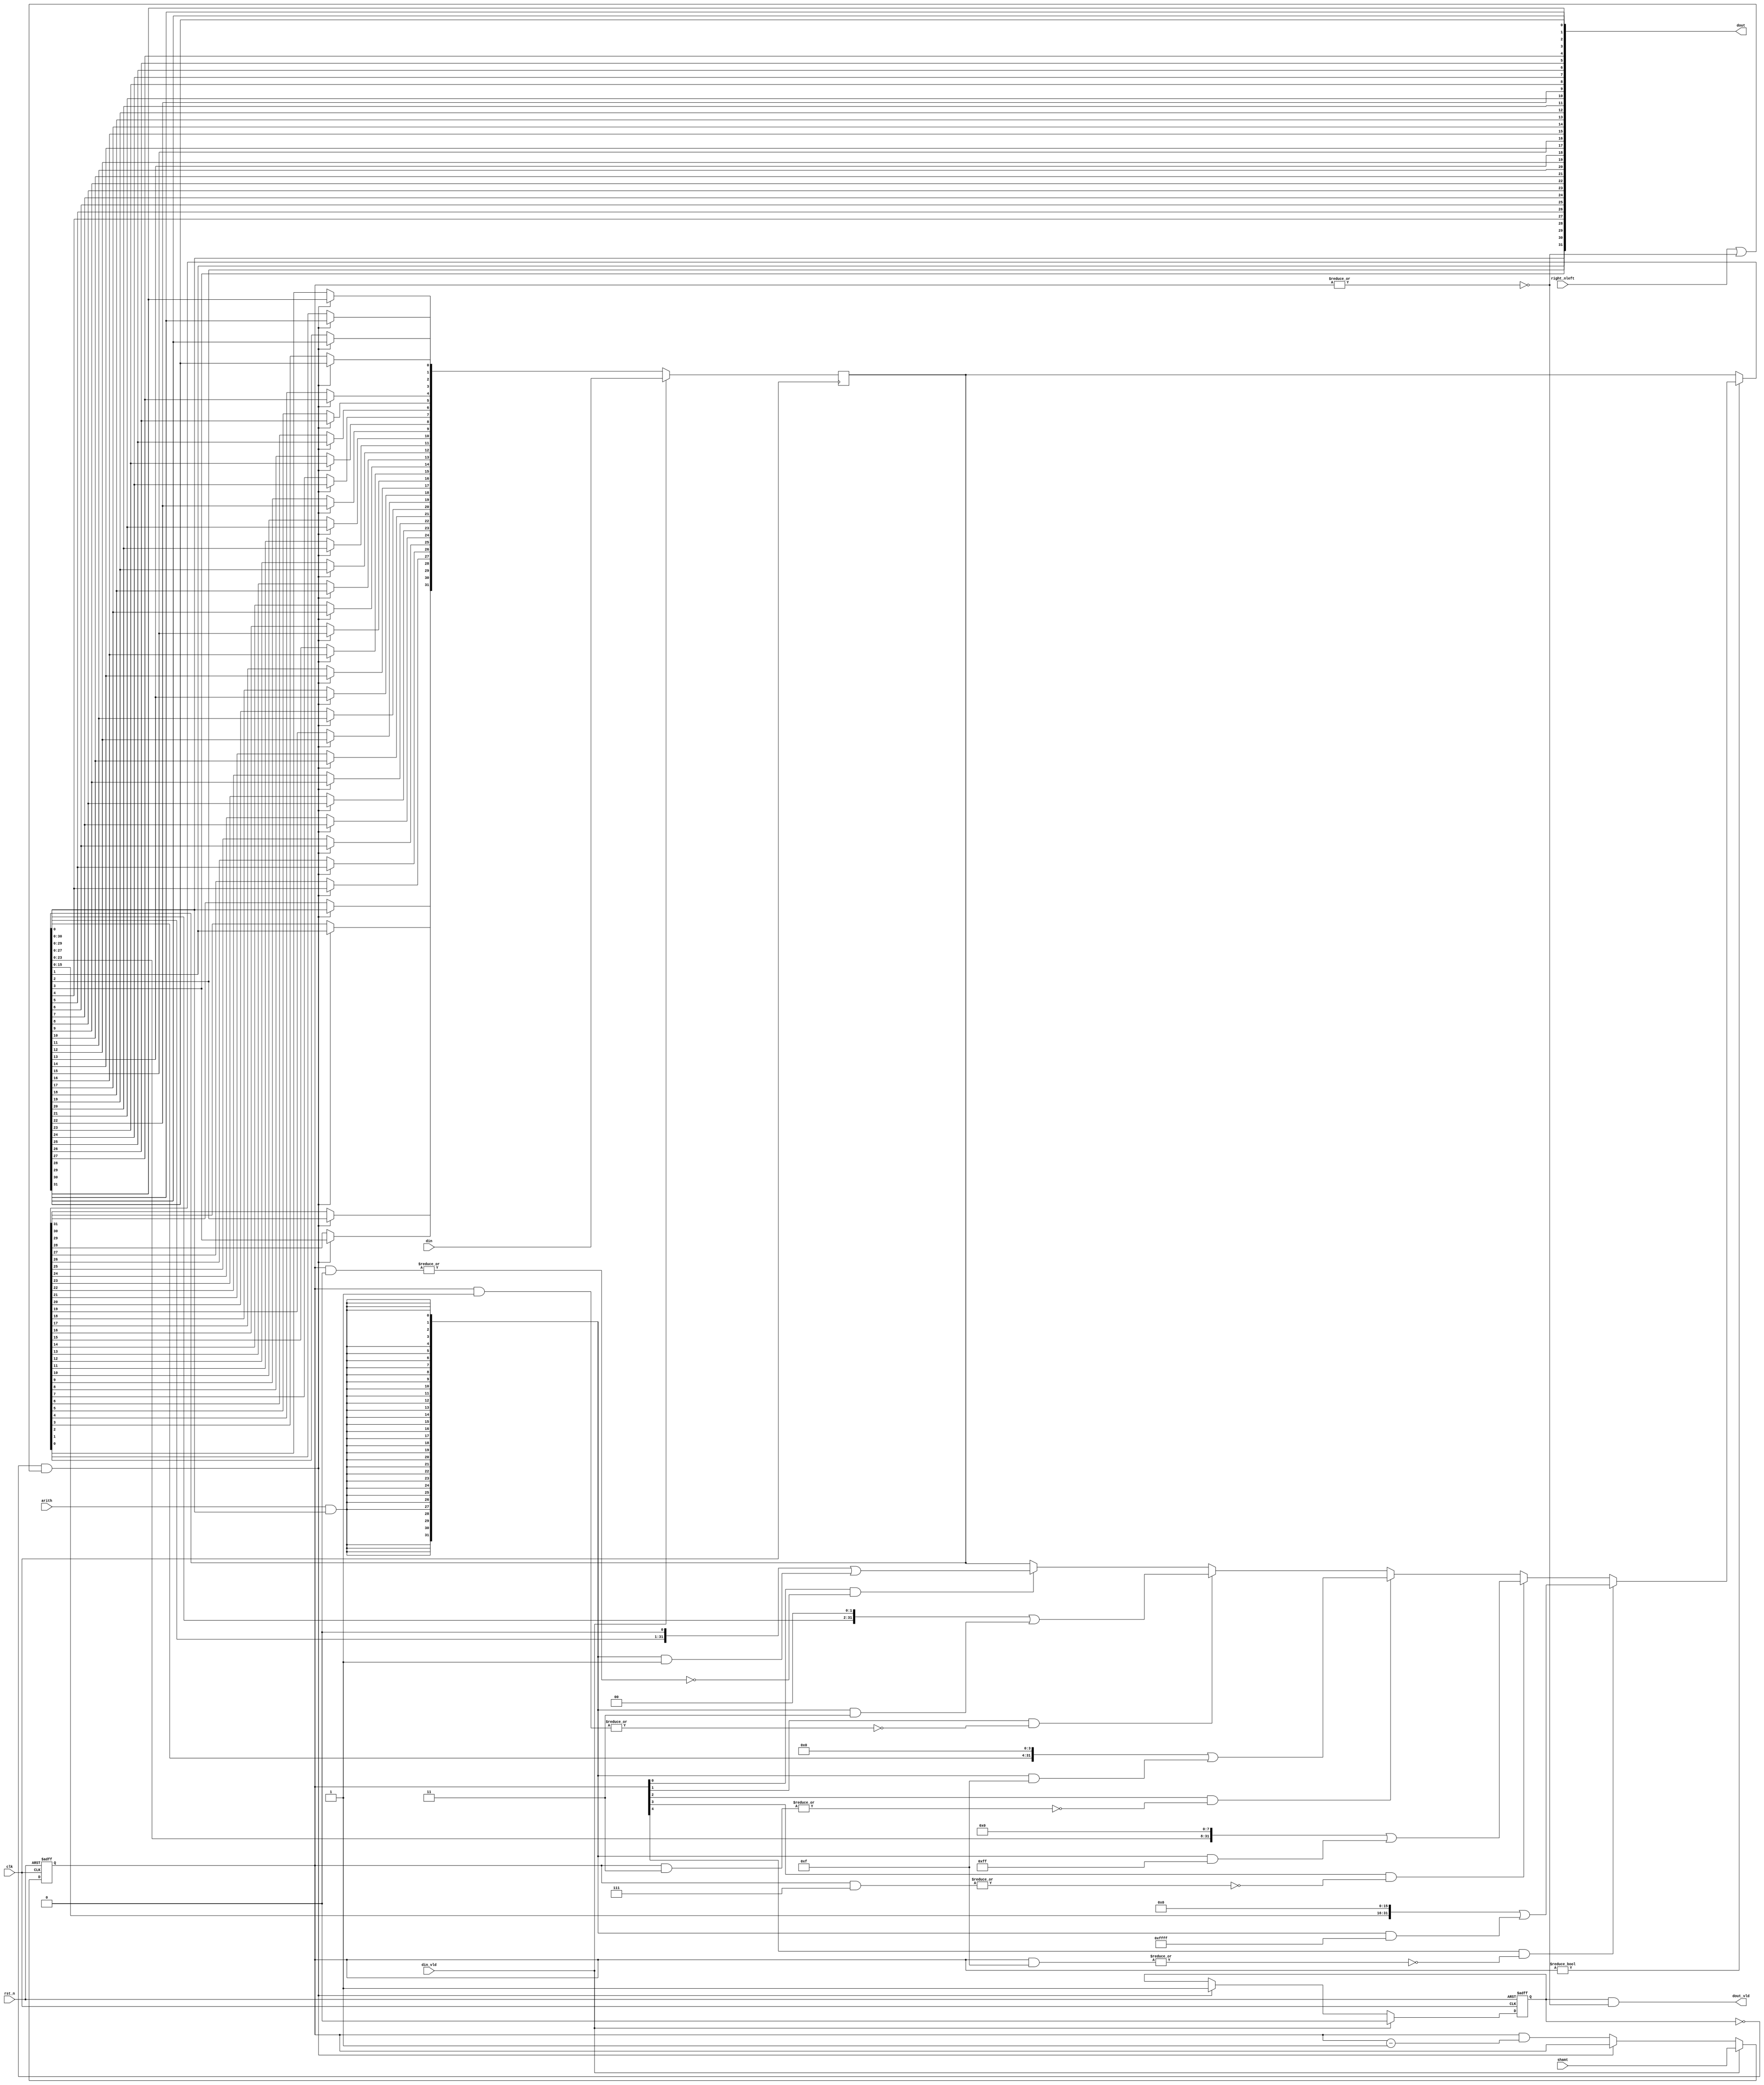
module hazard5_shift_log_seq #(
	parameter W_DATA = 32,
	parameter W_SHAMT = 5
) (
	input wire               clk,
	input wire               rst_n,

	input wire [W_DATA-1:0]  din,
	input wire               din_vld, // can be asserted at any time, we always respond
	input wire [W_SHAMT-1:0] shamt,
	input wire               right_nleft,
	input wire               arith,
	output reg [W_DATA-1:0]  dout,
	output reg               dout_vld,
);

reg [W_DATA-1:0]  accum;
reg [W_DATA-1:0]  accum_next;
reg [W_SHAMT-1:0] shamt_remaining;
reg               flipped;

// Handle actual shifting

wire flip = !flipped && (right_nleft || ~|shamt_remaining);
wire sext = arith && accum[0]; // "Left arithmetic" shifting

always @ (*) begin: shift_unit
	integer i;
	accum_next = accum;
	// The following is a priority mux tree (honest) which the synthesis tool should balance
	if (din_vld) begin
		accum_next = din;
	end else if (flip) begin
		for (i = 0; i < W_DATA; i = i + 1)
			accum_next[i] = accum[W_DATA - 1 - i];
	end else if (shamt_remaining) begin
		// Smallest shift first
		for (i = 0; i < W_SHAMT; i = i + 1) begin
			if (shamt_remaining[i] && ~|(shamt_remaining & ~({W_SHAMT{1'b1}} << i))) begin
				accum_next = (accum << (1 << i)) |
					({W_DATA{sext}} & ~({W_DATA{1'b1}} << (1 << i)));
			end
		end
	end
end

// No reset on datapath
always @ (posedge clk)
	accum <= accum_next;

// State machine

always @ (posedge clk or negedge rst_n) begin
	if (!rst_n) begin
		shamt_remaining <= {W_SHAMT{1'b0}};
		flipped <= 1'b0;
	end else if (din_vld) begin
		shamt_remaining <= shamt;
		flipped <= 1'b0;
	end else begin
		if (flip)
			flipped <= 1'b1;
		else
			shamt_remaining <= shamt_remaining & {shamt_remaining - 1'b1};
	end
end


always @ (*) begin: connect_output
	dout_vld = flipped && ~|shamt_remaining;
	integer i;
	for (i = 0; i < W_DATA; i = i + 1)
		dout[i] = accum[W_DATA - 1 - i];
end

endmodule